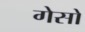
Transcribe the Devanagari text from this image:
गेसों